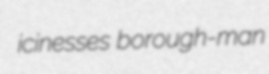
icinesses borough-man